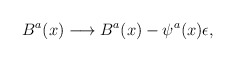
\begin{align*}B^a(x) \longrightarrow B^a(x) - \psi^a(x) \epsilon,\end{align*}